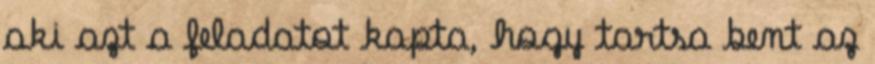
aki azt a feladatot kapta, hogy tartsa bent az